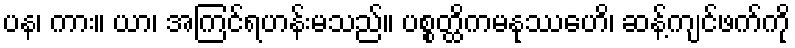
ပန၊ ကား။ ယာ၊ အကြင်ရဟန်းမသည်။ ပစ္စတ္ထိကမနုဿေဟိ၊ ဆန့်ကျင်ဖက်ကို